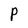
Character: P